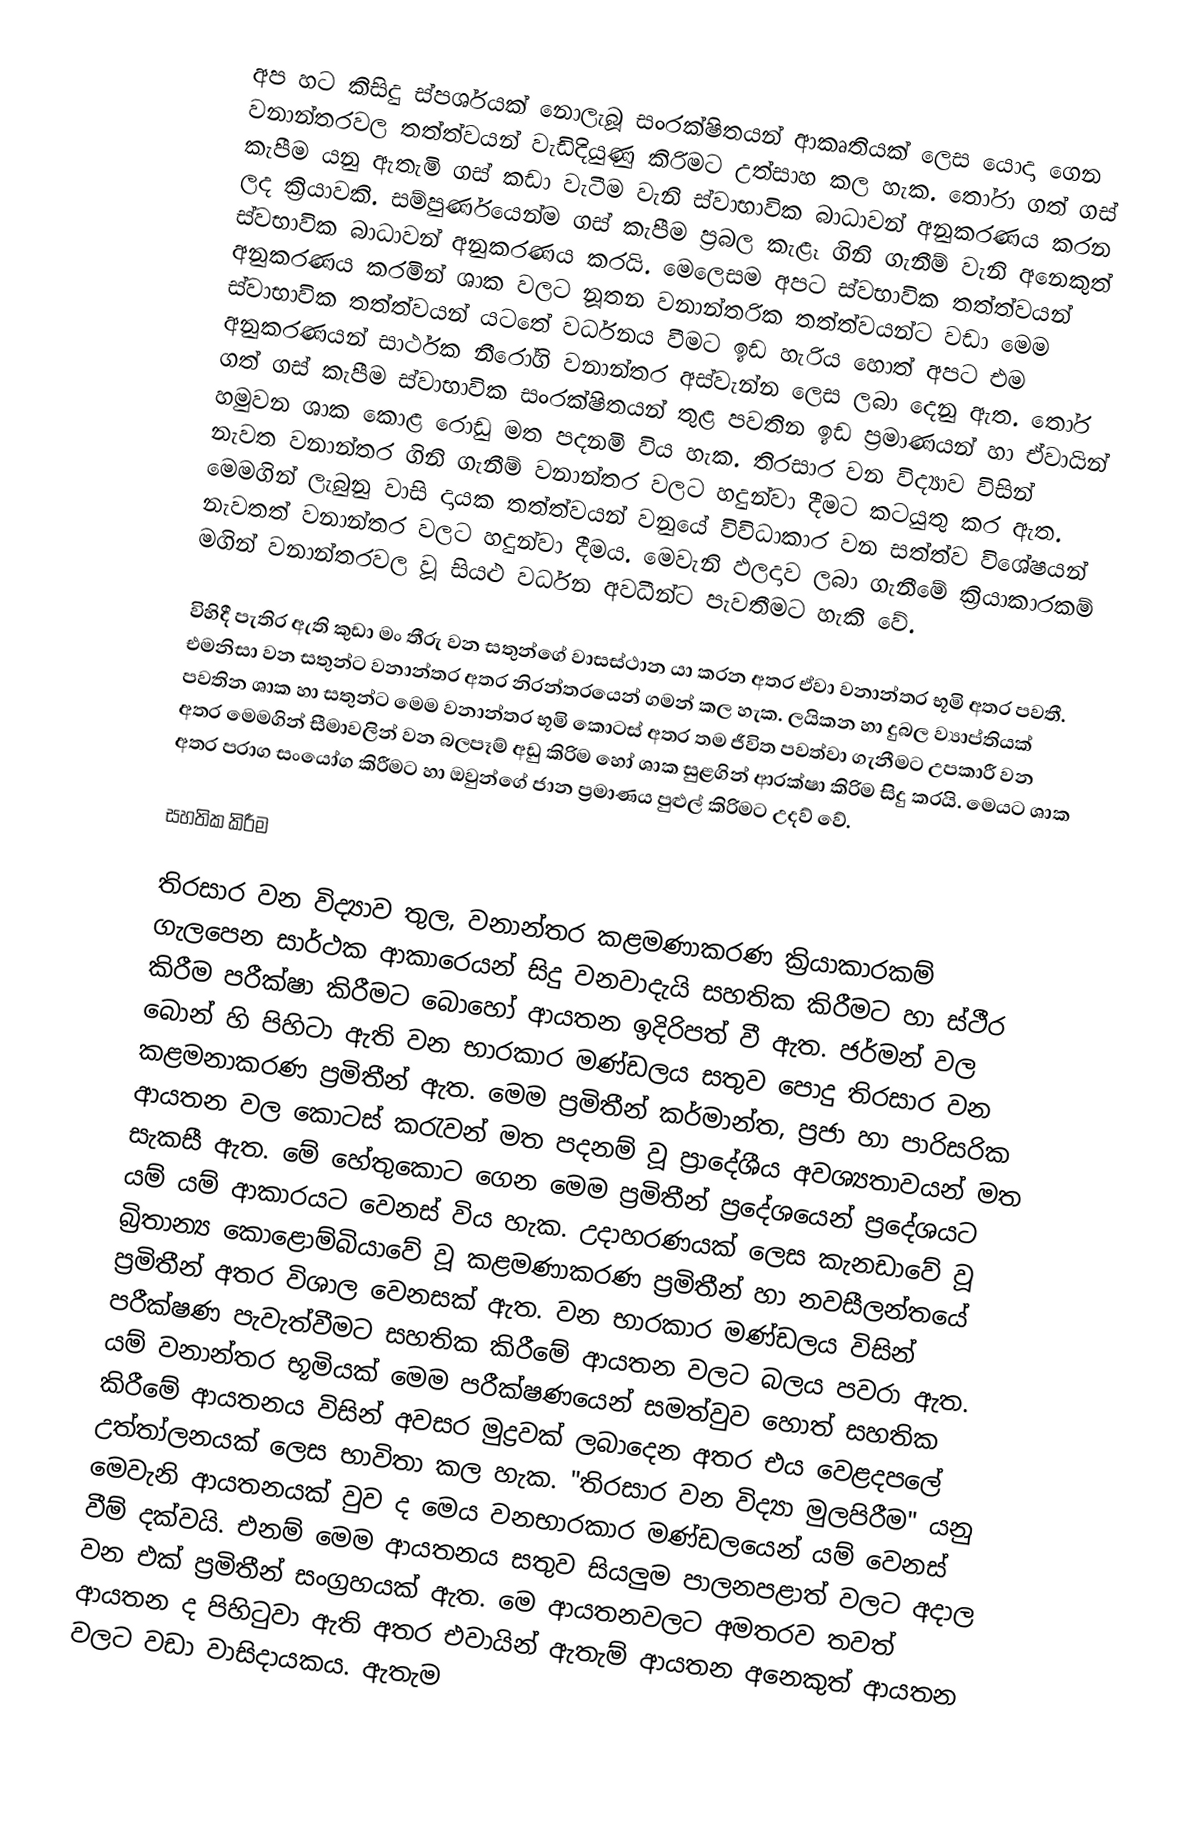
අප හට කිසිදු ස්පර්ශයක් නොලැබූ සංරක්ෂිතයන් ආකෘතියක් ලෙස යොදා ගෙන වනාන්තරවල තත්ත්වයන් වැඩිදියුණු කිරිමට උත්සාහ කල හැක. තෝරා ගත් ගස් කැපීම යනු ඇතැමි ගස් කඩා වැටීම වැනි ස්වාභාවික බාධාවන් අනුකරණය කරන ලද ක්‍රියාවකි. සම්පුර්ණයෙන්ම ගස් කැපීම ප්‍රබල කැළෑ ගිනි ගැනීම් වැනි අනෙකුත් ස්වභාවික බාධාවන් අනුකරණය කරයි. මෙලෙසම අපට ස්වභාවික තත්ත්වයන් අනුකරණය කරමින් ශාක වලට නූතන වනාන්තරික තත්ත්වයන්ට වඩා මෙම ස්වාභාවික තත්ත්වයන් යටතේ වර්ධනය වීමට ඉඩ හැරිය හොත් අපට එම අනුකරණයන් සාර්ථක නීරෝගි වනාන්තර අස්වැන්න ලෙස ලබා දෙනු ඇත. තෝර ගත් ගස් කැපීම ස්වාභාවික සංරක්ෂිතයන් තුළ පවතින ඉඩ ප්‍රමාණයන් හා ඒවායින් හමුවන ශාක කොළ රොඩු මත පදනමි විය හැක. තිරසාර වන විද්‍යාව විසින් නැවත වනාන්තර ගිනි ගැනීම් වනාන්තර වලට හදුන්වා දීමට කටයුතු කර ඇත. මෙමගින් ලැබුනු වාසි දායක තත්ත්වයන් වනුයේ විවිධාකාර වන සත්ත්ව විශේෂයන් නැවතත් වනාන්තර වලට හදුන්වා දීමය. මෙවැනි ඵලදාව ලබා ගැනීමේ ක්‍රියාකාරකම් මගින් වනාන්තරවල වූ සියළු වර්ධන අවධීන්ට පැවතීමට හැකි වේ.

විහිදී පැතිර ඇති කුඩා මං තීරු වන සතුන්ගේ වාසස්ථාන යා කරන අතර ඒවා වනාන්තර භූමි අතර පවතී. එමනිසා වන සතුන්ට වනාන්තර අතර නිරන්තරයෙන් ගමන් කල හැක. ලයිකන හා දුබල ව්‍යාප්තියක් පවතින ශාක හා සතුන්ට මෙම වනාන්තර භූමි කොටස් අතර තම ජීවිත පවත්වා ගැනීමට උපකාරී වන අතර මෙමගින් සීමාවලින් වන බලපෑම් අඩු කිරිම හෝ ශාක සුළගින් ආරක්ෂා කිරිම සිදු කරයි. මෙයට ශාක අතර පරාග සංයෝග කිරීමට හා ඔවුන්ගේ ජාන ප්‍රමාණය පුළුල් කිරිමට උදව් වේ.

සහතික කිරීම

තිරසාර වන විද්‍යාව තුල, වනාන්තර කළමණාකරණ ක්‍රියාකාරකම් ගැලපෙන සාර්ථක ආකාර‍ෙයන් සිදු වනවාදැයි සහතික කිරීමට හා ස්ථීර කිරීම පරීක්ෂා කිරීම‍ට බොහෝ ආයතන ඉදිරිපත් වී ඇත. ජර්මන් වල බොන් හි පිහිටා ඇති වන භාරකාර මණ්ඩලය සතුව පොදු තිරසාර වන කළමනාකරණ ප්‍රමිතීන් ඇත. මෙම ප්‍රමිතීන් කර්මාන්ත, ප්‍රජා හා පාරිසරික ආයතන වල කොටස් කරැවන් මත පදනම් වූ ප්‍රාදේශීය අවශ්‍යතාවයන් මත සැකසී ඇත. මේ හේතුකොට ගෙන මෙම ප්‍රමිතීන් ප්‍රදේශයෙන් ප්‍රදේශයට යම් යම් ආකාරයට වෙනස් විය හැක. උදාහරණයක් ලෙස කැනඩාවේ වූ බ්‍රිතාන්‍ය කොළොම්බි‍යාවේ වූ කළමණාකරණ ප්‍රමිතීන් හා නවසීලන්තයේ ප්‍රමිතීන් අතර විශාල වෙනසක් ඇත. වන භාරකාර මණ්ඩලය විසින් පරීක්ෂණ පැවැත්වීම‍ට සහතික කිරීමේ ආයතන වලට බලය පවරා ඇත. යම් වනාන්තර භූමියක් මෙම පරීක්ෂණයෙන් සමත්වුව හොත් සහතික කිරීමේ ආයතනය විසින් අවසර මුද්‍රවක් ලබාදෙන අතර එය වෙළද‍පලේ උත්තා්ලනයක් ලෙස භාවිතා කල හැක. "තිරසාර වන විද්‍යා මුලපිරීම" යනු මෙවැනි ආයතනයක් වුව ද මෙය වනභාරකාර මණ්ඩලයෙන් යම් වෙනස් වීම් දක්වයි. එනම් මෙම ආයතනය සතුව සියලුම පාලනපළාත් වලට අදාල වන එක් ප්‍රමිතීන් සංග්‍රහයක් ඇත. මෙ ආයතනවලට අමතරව තවත් ආයතන ද පිහිටුවා ඇති අතර එවායින් ඇතැම් ආයතන අනෙකුත් ආයතන වලට වඩා වාසිදායකය. ඇතැම